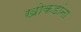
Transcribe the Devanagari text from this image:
खोकडांना